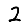
Digit: 2